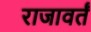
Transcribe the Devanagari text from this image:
राजावर्तं